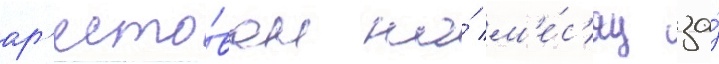
ар'есто́ван на́ м'е́с'яц за́